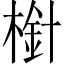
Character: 𣗒